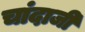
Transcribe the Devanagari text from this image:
चांदाजी